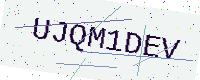
Text: UJQM1DEV